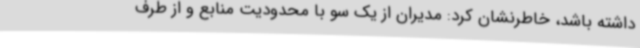
داشته باشد، خاطرنشان کرد:‌ مدیران از یک سو با محدودیت منابع و از طرف